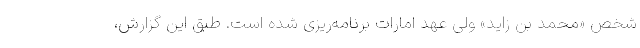
شخص «محمد بن زاید» ولی عهد امارات برنامه‌ریزی شده است. طبق این گزارش،